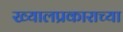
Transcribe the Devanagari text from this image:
ख्यालप्रकाराच्या